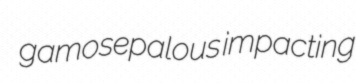
gamosepalous impacting